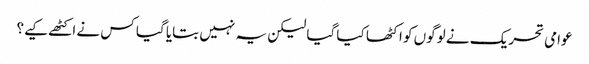
عوامی تحریک نے لوگوں کو اکٹھا کیا گیا لیکن یہ نہیں بتایا گیا کس نے اکٹھے کیے؟